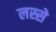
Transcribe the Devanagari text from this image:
लस्से